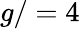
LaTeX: g/=4